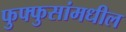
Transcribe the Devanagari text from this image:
फुफ्फुसांमधील